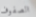
الصفوف